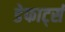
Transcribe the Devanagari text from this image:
डेफार्ट्स